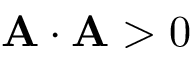
\mathbf { A \cdot A } > 0